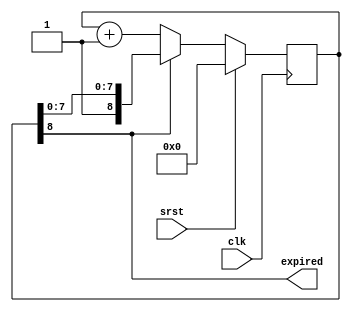
// (C) 2001-2016 Altera Corporation. All rights reserved.
// Your use of Altera Corporation's design tools, logic functions and other 
// software and tools, and its AMPP partner logic functions, and any output 
// files any of the foregoing (including device programming or simulation 
// files), and any associated documentation or information are expressly subject 
// to the terms and conditions of the Altera Program License Subscription 
// Agreement, Altera MegaCore Function License Agreement, or other applicable 
// license agreement, including, without limitation, that your use is for the 
// sole purpose of programming logic devices manufactured by Altera and sold by 
// Altera or its authorized distributors.  Please refer to the applicable 
// agreement for further details.


// $Id: $
// $Revision: $
// $Date: $
// $Author: $
//-----------------------------------------------------------------------------

`timescale 1 ps / 1 ps
// Copyright 2012 Altera Corporation. All rights reserved.  
// Altera products are protected under numerous U.S. and foreign patents, 
// maskwork rights, copyrights and other intellectual property laws.  
//
// This reference design file, and your use thereof, is subject to and governed
// by the terms and conditions of the applicable Altera Reference Design 
// License Agreement (either as signed by you or found at www.altera.com).  By
// using this reference design file, you indicate your acceptance of such terms
// and conditions between you and Altera Corporation.  In the event that you do
// not agree with such terms and conditions, you may not use the reference 
// design file and please promptly destroy any copies you have made.
//
// This reference design file is being provided on an "as-is" basis and as an 
// accommodation and therefore all warranties, representations or guarantees of 
// any kind (whether express, implied or statutory) including, without 
// limitation, warranties of merchantability, non-infringement, or fitness for
// a particular purpose, are specifically disclaimed.  By making this reference
// design file available, Altera expressly does not recommend, suggest or 
// require that this reference design file be used in combination with any 
// other product not provided by Altera.
/////////////////////////////////////////////////////////////////////////////

// baeckler - 01-07-2012

module watchdog_timer #(
	parameter PRESCALE = 1'b0,
	parameter CNTR_BITS = 8	
)(
	input clk,
	input srst,
	output expired
);

wire cnt_ena;

generate
	if (PRESCALE) begin
		reg [15:0] pcntr = 16'h0;
		reg last_msb = 1'b0;
		reg ping = 1'b0;
		always @(posedge clk) begin
			pcntr <= pcntr + 1'b1;
			last_msb <= pcntr[15];
			ping <= pcntr[15] && !last_msb;
		end
		assign cnt_ena = ping;
	end
	else begin
		assign cnt_ena = 1'b1;
	end
endgenerate

reg [CNTR_BITS:0] cntr = {(CNTR_BITS+1){1'b0}};

always @(posedge clk) begin
	if (srst) cntr <= {(CNTR_BITS+1){1'b0}};
	else if (!cntr[CNTR_BITS]) cntr <= cntr + cnt_ena;
end
assign expired = cntr[CNTR_BITS];

endmodule
// BENCHMARK INFO :  5SGXEA7N2F45C2
// BENCHMARK INFO :  Max depth :  2.8 LUTs
// BENCHMARK INFO :  Total registers : 9
// BENCHMARK INFO :  Total pins : 3
// BENCHMARK INFO :  Total virtual pins : 0
// BENCHMARK INFO :  Total block memory bits : 0
// BENCHMARK INFO :  Comb ALUTs :                         ; 12              ;       ;
// BENCHMARK INFO :  ALMs : 6 / 234,720 ( < 1 % )
// BENCHMARK INFO :  Worst setup path @ 468.75MHz : 1.048 ns, From cntr[1], To cntr[8]}
// BENCHMARK INFO :  Worst setup path @ 468.75MHz : 1.153 ns, From cntr[1], To cntr[8]}
// BENCHMARK INFO :  Worst setup path @ 468.75MHz : 1.154 ns, From cntr[1], To cntr[8]}